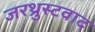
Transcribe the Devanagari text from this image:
जरथ्रुस्टवाद